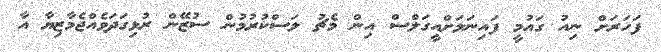
ފަހަރަށް ނިއު ގައުމީ ފައިނަލަށްއީގަލްސް އިން މެޗު ލަސްކުރުމުން ސުޒޭން ރުޅިގަދަވެއްޖެމާޒިޔާ އާ